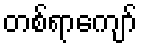
တစ်ရာကျော်